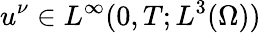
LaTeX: u^{\nu}\in L^{\infty}(0,T;L^{3}(\Omega))